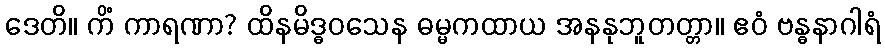
ဒေတိ။ ကိံ ကာရဏာ? ထိနမိဒ္ဓဝသေန ဓမ္မကထာယ အနနုဘူတတ္တာ။ ဧဝံ ဗန္ဓနာဂါရံ